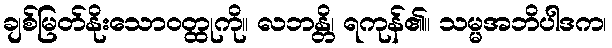
ချစ်မြတ်နိုးသောဝတ္ထုကို။ လဘန္တိ၊ ရကုန်၏။ သမ္မအဘိပါဒက၊